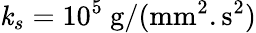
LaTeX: \mathit{k}_{s}=10^{5}~\mathrm{{g}}/(\mathrm{{mm}}^{2}.\mathrm{{s}}^{2})